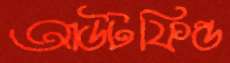
আউটফিল্ড